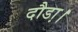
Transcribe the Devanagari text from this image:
दौडा़।